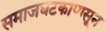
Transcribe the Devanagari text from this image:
समाजघटकापासून